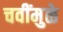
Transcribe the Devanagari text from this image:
चवींमुळे